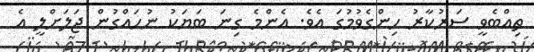
ތިއްބެވީ ސަރުކާރު ހިންގެވުމުގަ އެވެ. އެންމެ ގިނަ ބަޔަކު ނުހައްގުން ޖަލަށްލީ އެ